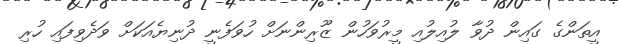
އީތަންގެ ގައިން ދުވާ ލުއިލުއި މީރުވަހުން ޒޫރިންނަށް ހުވަފެނީ ދުނިޔެއަކަށް ވަދެވިފައި ހުރި